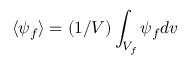
\langle \psi _ { f } \rangle = ( 1 / V ) \int _ { V _ { f } } \psi _ { f } d v